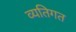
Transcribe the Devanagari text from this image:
व्यतिगत